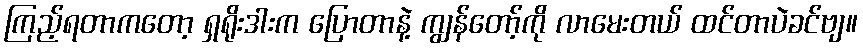
ကြည့်ရတာကတော့ ရှရိုးဒါးက ပြောတာနဲ့ ကျွန်တော့်ကို လာမေးတယ် ထင်တာပဲခင်ဗျ။